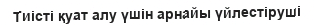
Тиісті қуат алу үшін арнайы үйлестіруші